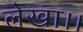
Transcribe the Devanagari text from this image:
लेखा।।